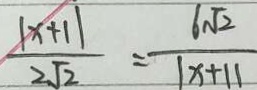
\frac { \vert x + 1 \vert } { 2 \sqrt { 2 } } = \frac { 6 \sqrt { 2 } } { \vert x + 1 \vert }